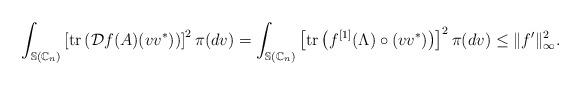
LaTeX: \begin{align*} \int_{\mathbb{S}(\mathbb{C}_{n})}\left[\mathrm{tr}\left(\mathcal{D}f(A)(vv^{\ast})\right)\right]^2\pi(dv)=\int_{\mathbb{S}(\mathbb{C}_{n})}\left[\mathrm{tr}\left(f^{[1]}(\Lambda)\circ(vv^{\ast})\right)\right]^2\pi(dv)\leq \|f'\|_{\infty}^2.\end{align*}